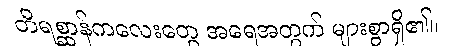
တိရစ္ဆာန်ကလေးတွေ အရေအတွက် များစွာရှိ၏။